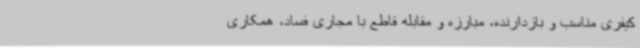
کیفری مناسب و بازدارنده، مبارزه و مقابله قاطع با مجاری فساد، همکاری